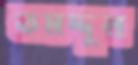
তমদ্দুন